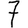
Digit: 7